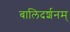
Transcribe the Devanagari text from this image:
बालिदर्शनम्